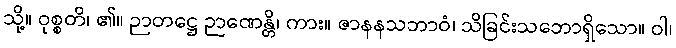
သို့။ ဝုစ္စတိ၊ ၏။ ဉာတဋ္ဌေ ဉာဏေန္တိ၊ ကား။ ဇာနနသဘာဝံ၊ သိခြင်းသဘောရှိသော။ ဝါ၊